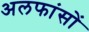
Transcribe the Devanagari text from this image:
अलफांसों